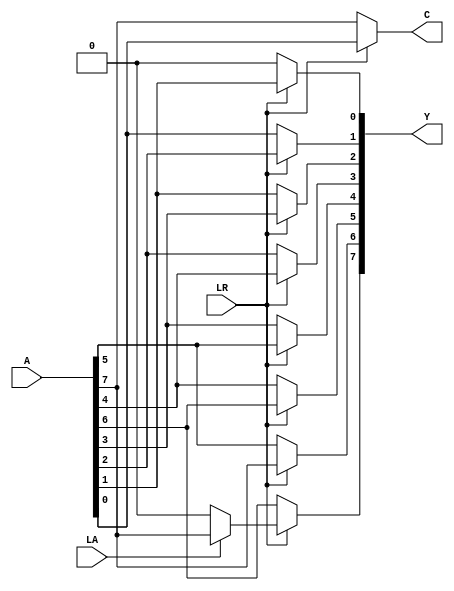
module shifter(A, LA, LR, Y, C); // add all inputs and outputs inside parentheses

	input [7:0] A;
	input LA;
	input LR;
	
	output [7:0] Y;
	output C;
	
	
  // reg and internal variable definitions

	reg [7:0] Y;
	reg C;
	

  //when LR is 0, LA is ignored
 
 
  // implement module here
  
  always @(LR,LA,A) begin
		if (LR == 1) begin 
			if (LA==1) begin 
				Y[0] <= A[1];
				Y[1] <= A[2];
				Y[2] <= A[3];
				Y[3] <= A[4];
				Y[4] <= A[5]; 
				Y[5] <= A[6];
				Y[6] <= A[7];
				Y[7] <= A[7];
				end
			else begin
				Y[0] <= A[1];
				Y[1] <= A[2];
				Y[2] <= A[3];
				Y[3] <= A[4];
				Y[4] <= A[5]; 
				Y[5] <= A[6];
				Y[6] <= A[7];
				Y[7] <= 0;
			end
			C <= A[0];
		end
		else begin
			Y[0] <= 0;
			Y[1] <= A[0];
			Y[2] <= A[1];
			Y[3] <= A[2];
			Y[4] <= A[3]; 
			Y[5] <= A[4];
			Y[6] <= A[5];
			Y[7] <= A[6];
			C <= A[7];
		end 
	end 
	
	
	
endmodule